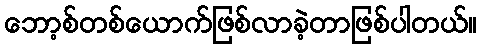
ဘော့စ်တစ်ယောက်ဖြစ်လာခဲ့တာဖြစ်ပါတယ်။